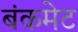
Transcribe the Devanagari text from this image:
बंकमेट